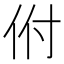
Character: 𬽵